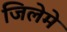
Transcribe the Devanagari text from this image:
जिलेमे